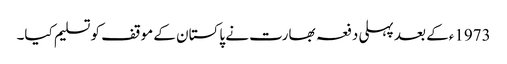
1973ءکے بعد پہلی دفعہ بھارت نے پاکستان کے موقف کو تسلیم کیا۔